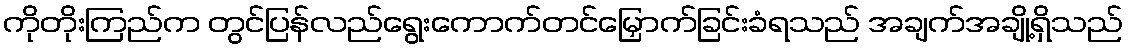
ကိုတိုးကြည်က တွင်ပြန်လည်ရွေးကောက်တင်မြှောက်ခြင်းခံရသည် အချက်အချို့ရှိသည်